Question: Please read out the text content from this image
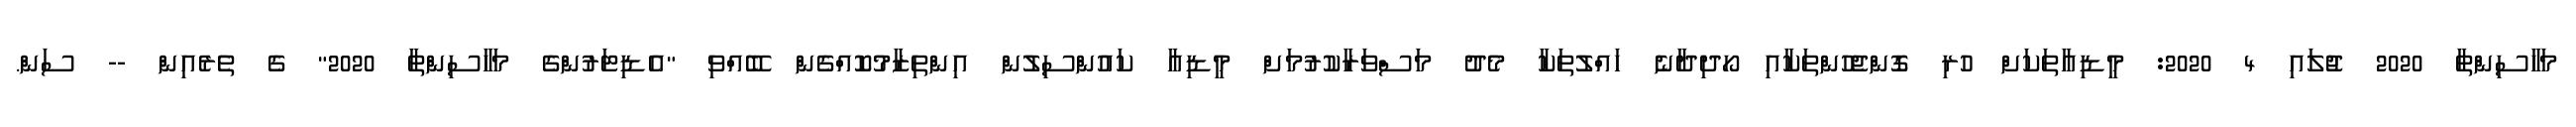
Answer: މަހާސިންތާ 2020 ޖުލައި 4 2020: މީޑިއާތަކަށް ހުރި ގޮންޖެހުންތަކާއި ހޯދިދާނެ ހައްލުތަކާ މެދު މަސްވަރާކުރުމަށް މީޑިއާ ކައުންސިލުން އިންތިޒާމުކޮއްގެން ބޭއްވި "އެޑިޓަރުންގެ މަހާސިންތާ 2020" ގެ ތެރެއިން -- ސަން.